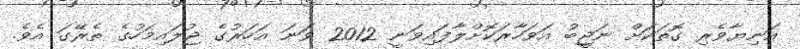
އަނިޔާވެރި ގޮތަކަށް ނަޖީބު އަވަހާރަކޮށްލާފައިވަނީ 2012 ވަނަ އަހަރުގެ ޖުލައިމަހުގެ ތެރޭގަ އެވެ.